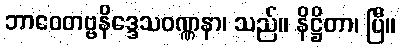
ဘာဝေတဗ္ဗနိဒ္ဒေသဝဏ္ဏနာ၊ သည်။ နိဋ္ဌိတာ၊ ပြီ။